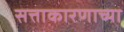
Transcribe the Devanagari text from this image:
सत्ताकारणाच्या